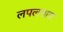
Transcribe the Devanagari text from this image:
लपलपाए